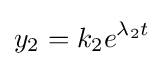
y_{2}=k_{2}e^{\lambda _{2}t}